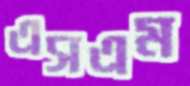
এসএম